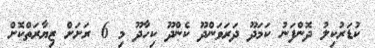
ކުޑަރުކިލު ދޮންފަނު ކަމަދޫ ދަރަވަންދޫ ކެންދޫ ކިހާދޫ މި 6 ރަށަށް ޒިޔާރަތްކޮށް